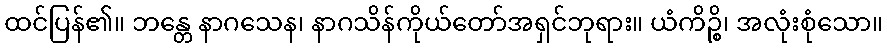
ထင်ပြန်၏။ ဘန္တေ နာဂသေန၊ နာဂသိန်ကိုယ်တော်အရှင်ဘုရား။ ယံကိဉ္စိ၊ အလုံးစုံသော။